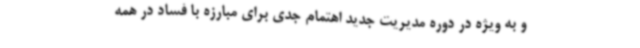
و به ویژه در دوره مدیریت جدید اهتمام جدی برای مبارزه با فساد در همه